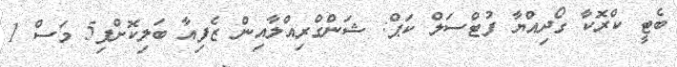
ބެޓީ ކްރޮކާ ގޯދިއްޔާ ފުޓްސަލް ކަޕް: ޝަންގްރިއްލާއިން ޒެފިއާ ބަލިކޮށްފި5 މަސް 1